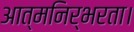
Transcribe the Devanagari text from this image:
आत्मनिर्भरता।